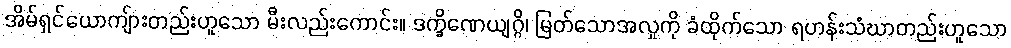
အိမ်ရှင်ယောကျ်ားတည်းဟူသော မီးလည်းကောင်း။ ဒက္ခိဏေယျဂ္ဂိ၊ မြတ်သောအလှုကို ခံထိုက်သော ရဟန်းသံဃာတည်းဟူသော